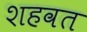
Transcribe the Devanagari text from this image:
शहवत